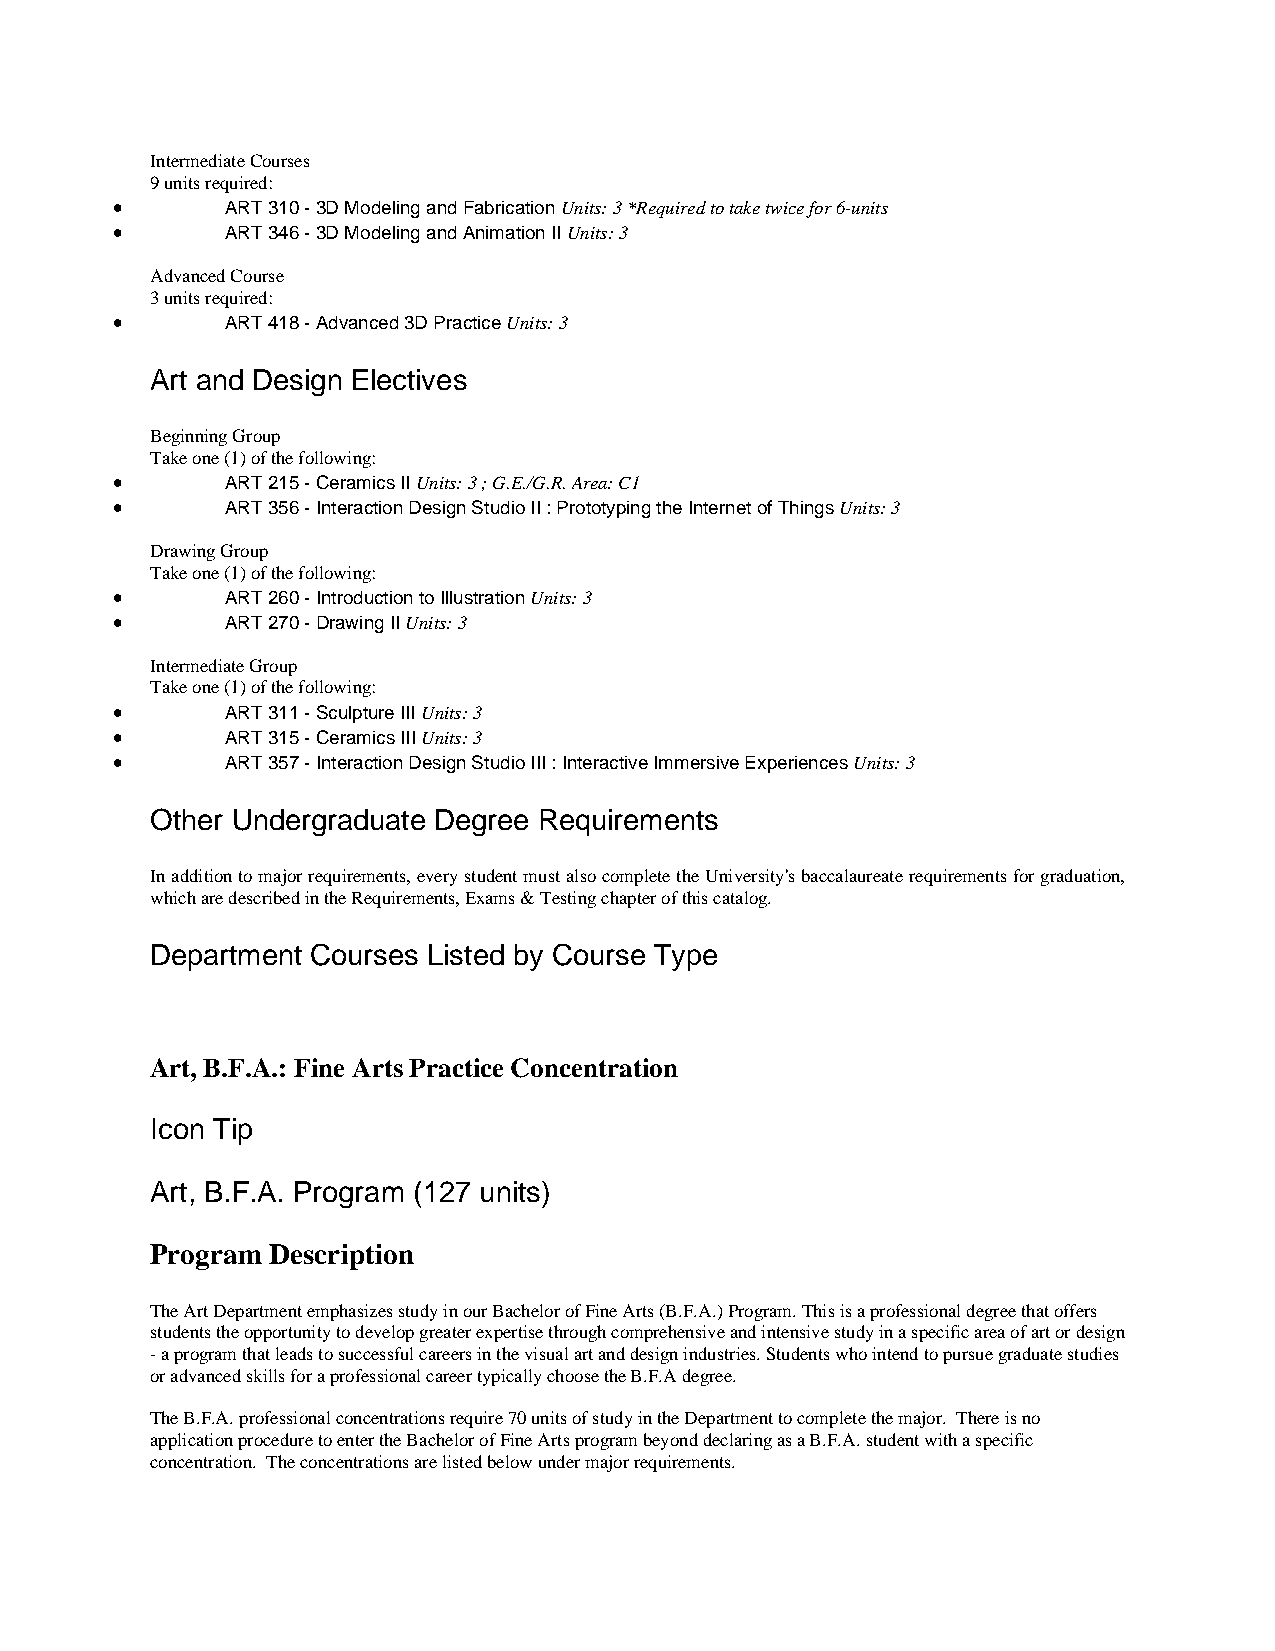
Intermediate Courses
 9 units required:
 •       ART 310 - 3D Modeling and Fabrication Units: 3 *Required to take twice for 6-units
 •       ART 346 - 3D Modeling and Animation II Units: 3
 Advanced Course
 3 units required:
 •       ART 418 - Advanced 3D Practice Units: 3
 Art and Design Electives
 Beginning Group
 Take one (1) of the following:
 •       ART 215 - Ceramics II Units: 3 ; G.E./G.R. Area: C1
 •       ART 356 - Interaction Design Studio II : Prototyping the Internet of Things Units: 3
 Drawing Group
 Take one (1) of the following:
 •       ART 260 - Introduction to Illustration Units: 3
 •       ART 270 - Drawing II Units: 3
 Intermediate Group
 Take one (1) of the following:
 •       ART 311 - Sculpture III Units: 3
 •       ART 315 - Ceramics III Units: 3
 •       ART 357 - Interaction Design Studio III : Interactive Immersive Experiences Units: 3
 Other Undergraduate Degree Requirements
 In addition to major requirements, every student must also complete the University's baccalaureate requirements for graduation,
 which are described in the Requirements, Exams & Testing chapter of this catalog.
 Department Courses Listed by Course Type
 Art, B.F.A.: Fine Arts Practice Concentration
 Icon Tip
 Art, B.F.A. Program (127 units)
 Program Description
 The Art Department emphasizes study in our Bachelor of Fine Arts (B.F.A.) Program. This is a professional degree that offers
 students the opportunity to develop greater expertise through comprehensive and intensive study in a specific area of art or design
 - a program that leads to successful careers in the visual art and design industries. Students who intend to pursue graduate studies
 or advanced skills for a professional career typically choose the B.F.A degree.
 The B.F.A. professional concentrations require 70 units of study in the Department to complete the major. There is no
 application procedure to enter the Bachelor of Fine Arts program beyond declaring as a B.F.A. student with a specific
 concentration. The concentrations are listed below under major requirements.